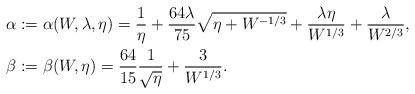
LaTeX: \begin{align*}\alpha &:=\alpha(W,\lambda,\eta)= \frac{1}{\eta} +\frac{64\lambda}{75} \sqrt{\eta+W^{-1/3}}+\frac{\lambda \eta}{W^{1/3}}+ \frac{\lambda}{W^{2/3}},\\\beta &:=\beta(W,\eta)= \frac{64}{15}\frac{1}{\sqrt{\eta}} + \frac{3}{W^{1/3}}.\end{align*}